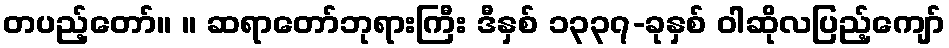
တပည့်တော်။ ။ ဆရာတော်ဘုရားကြီး ဒီနှစ် ၁၃၃၇-ခုနှစ် ဝါဆိုလပြည့်ကျော်